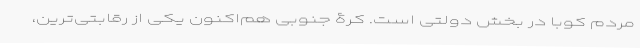
مردم کوبا در بخش دولتی است. کرۀ جنوبی هم‌اکنون یکی از رقابتی‌ترین،